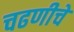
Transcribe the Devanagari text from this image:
चढणीचे